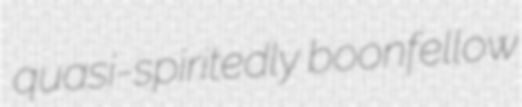
quasi-spiritedly boonfellow